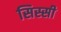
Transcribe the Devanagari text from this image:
सिस्सी